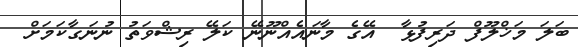
ބަލަ މަޚްލޫފް ދަރިފުޅާ  އޭގެ މާނައެއްނޫނޭ ކަލޭ ރިޝްވަތު ނުނަގާކަމަށް